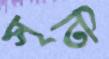
সৃতি